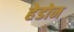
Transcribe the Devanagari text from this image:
हेडोन